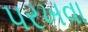
પરખવા